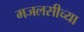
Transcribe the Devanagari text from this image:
मजलसीच्या